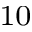
^ { 1 0 }